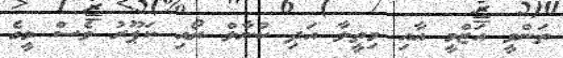
ތަންވީ އަޒްމީ އާއި މިތީލާ އަދި ކުނާލް ރޯއި ކަޕޫރު ވެސް މީގެ